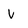
Character: v